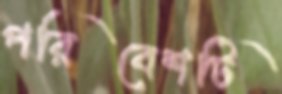
পরিবেশটি